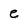
Character: e